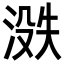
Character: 𪶟